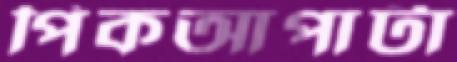
পিকআপাটা